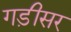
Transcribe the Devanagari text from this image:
गड़ीसर